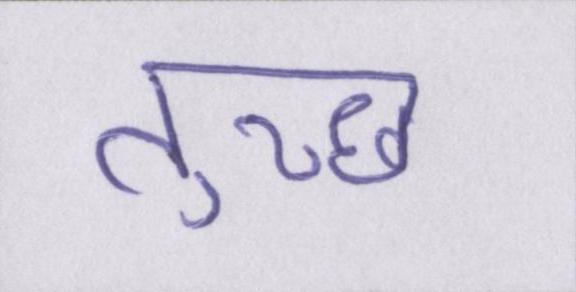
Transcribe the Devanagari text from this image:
तुच्छ